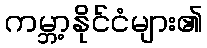
ကမ္ဘာ့နိုင်ငံများ၏